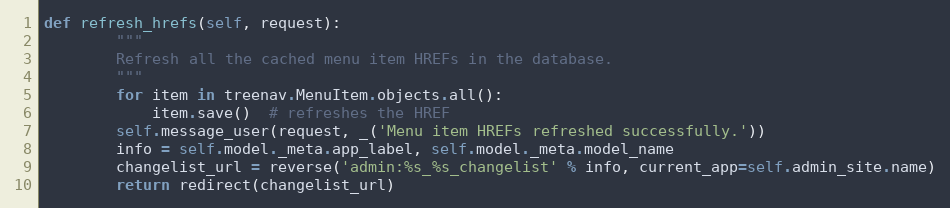
Language: Python
def refresh_hrefs(self, request):
        """
        Refresh all the cached menu item HREFs in the database.
        """
        for item in treenav.MenuItem.objects.all():
            item.save()  # refreshes the HREF
        self.message_user(request, _('Menu item HREFs refreshed successfully.'))
        info = self.model._meta.app_label, self.model._meta.model_name
        changelist_url = reverse('admin:%s_%s_changelist' % info, current_app=self.admin_site.name)
        return redirect(changelist_url)